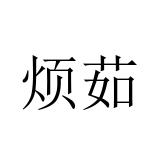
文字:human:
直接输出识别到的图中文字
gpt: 烦茹